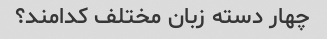
چهار دسته زبان مختلف کدامند؟